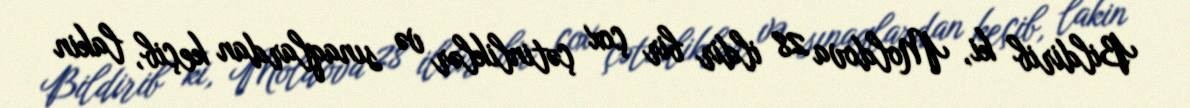
Bildirib ki, Moldova 28 ildir bir çox çətinliklər və sınaqlardan keçib, lakin